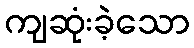
ကျဆုံးခဲ့သော